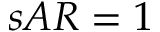
s A R = 1